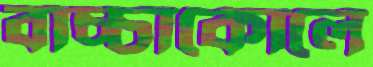
বাচ্চাকোলে